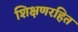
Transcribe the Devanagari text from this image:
शिक्षणरहित